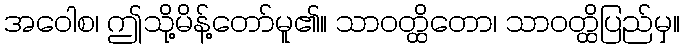
အဝေါစ၊ ဤသို့မိန့်တော်မူ၏။ သာဝတ္ထိတော၊ သာဝတ္ထိပြည်မှ။